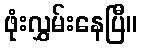
ဖုံးလွှမ်းနေပြီ။